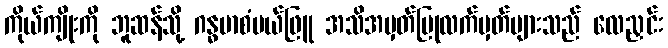
ကိုယ်ကျိုးကို ဘူဆန်သို့ ဂန္ဓမာစံပယ်ဖြူ အသိအမှတ်ပြုလက်မှတ်များသည် လေညှင်း